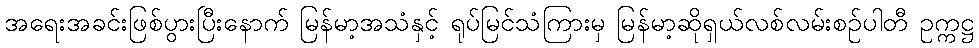
အရေးအခင်းဖြစ်ပွားပြီးနောက် မြန်မာ့အသံနှင့် ရုပ်မြင်သံကြားမှ မြန်မာ့ဆိုရှယ်လစ်လမ်းစဉ်ပါတီ ဥက္ကဋ္ဌ